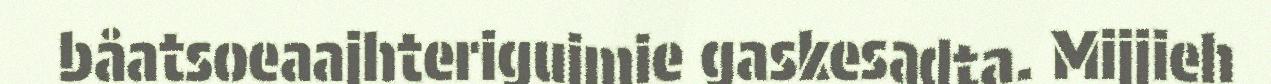
båatsoeaajhterigujmie gaskesadta. Mijjieh